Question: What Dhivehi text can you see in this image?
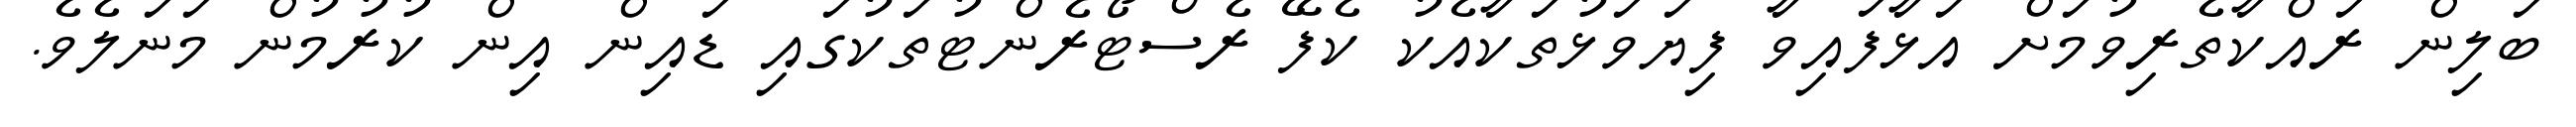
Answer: ބަލިން ރައްކާތެރިވުމަށް އަޅާފައިވާ ފިޔަވަޅުތަކާއެކު ކެފޭ ރެސްޓޯރެންޓުތަކުގައި ޑައިން އިން ކުރުމުން މަނަލެވެ.